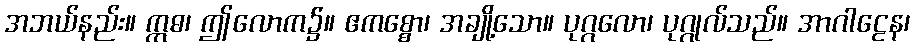
အဘယ်နည်း။ ဣဓ၊ ဤလောက၌။ ဧကစ္စော၊ အချို့သော။ ပုဂ္ဂလော၊ ပုဂ္ဂုလ်သည်။ အာဂါဠေန၊